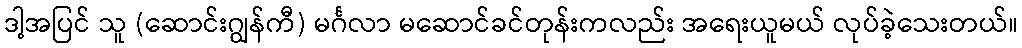
ဒါ့အပြင် သူ (ဆောင်းဂျွန်ကီ) မင်္ဂလာ မဆောင်ခင်တုန်းကလည်း အရေးယူမယ် လုပ်ခဲ့သေးတယ်။